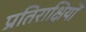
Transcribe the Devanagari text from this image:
प्रतिराक्षियों